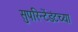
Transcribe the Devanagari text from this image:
सुपरिन्टेंडंटच्या